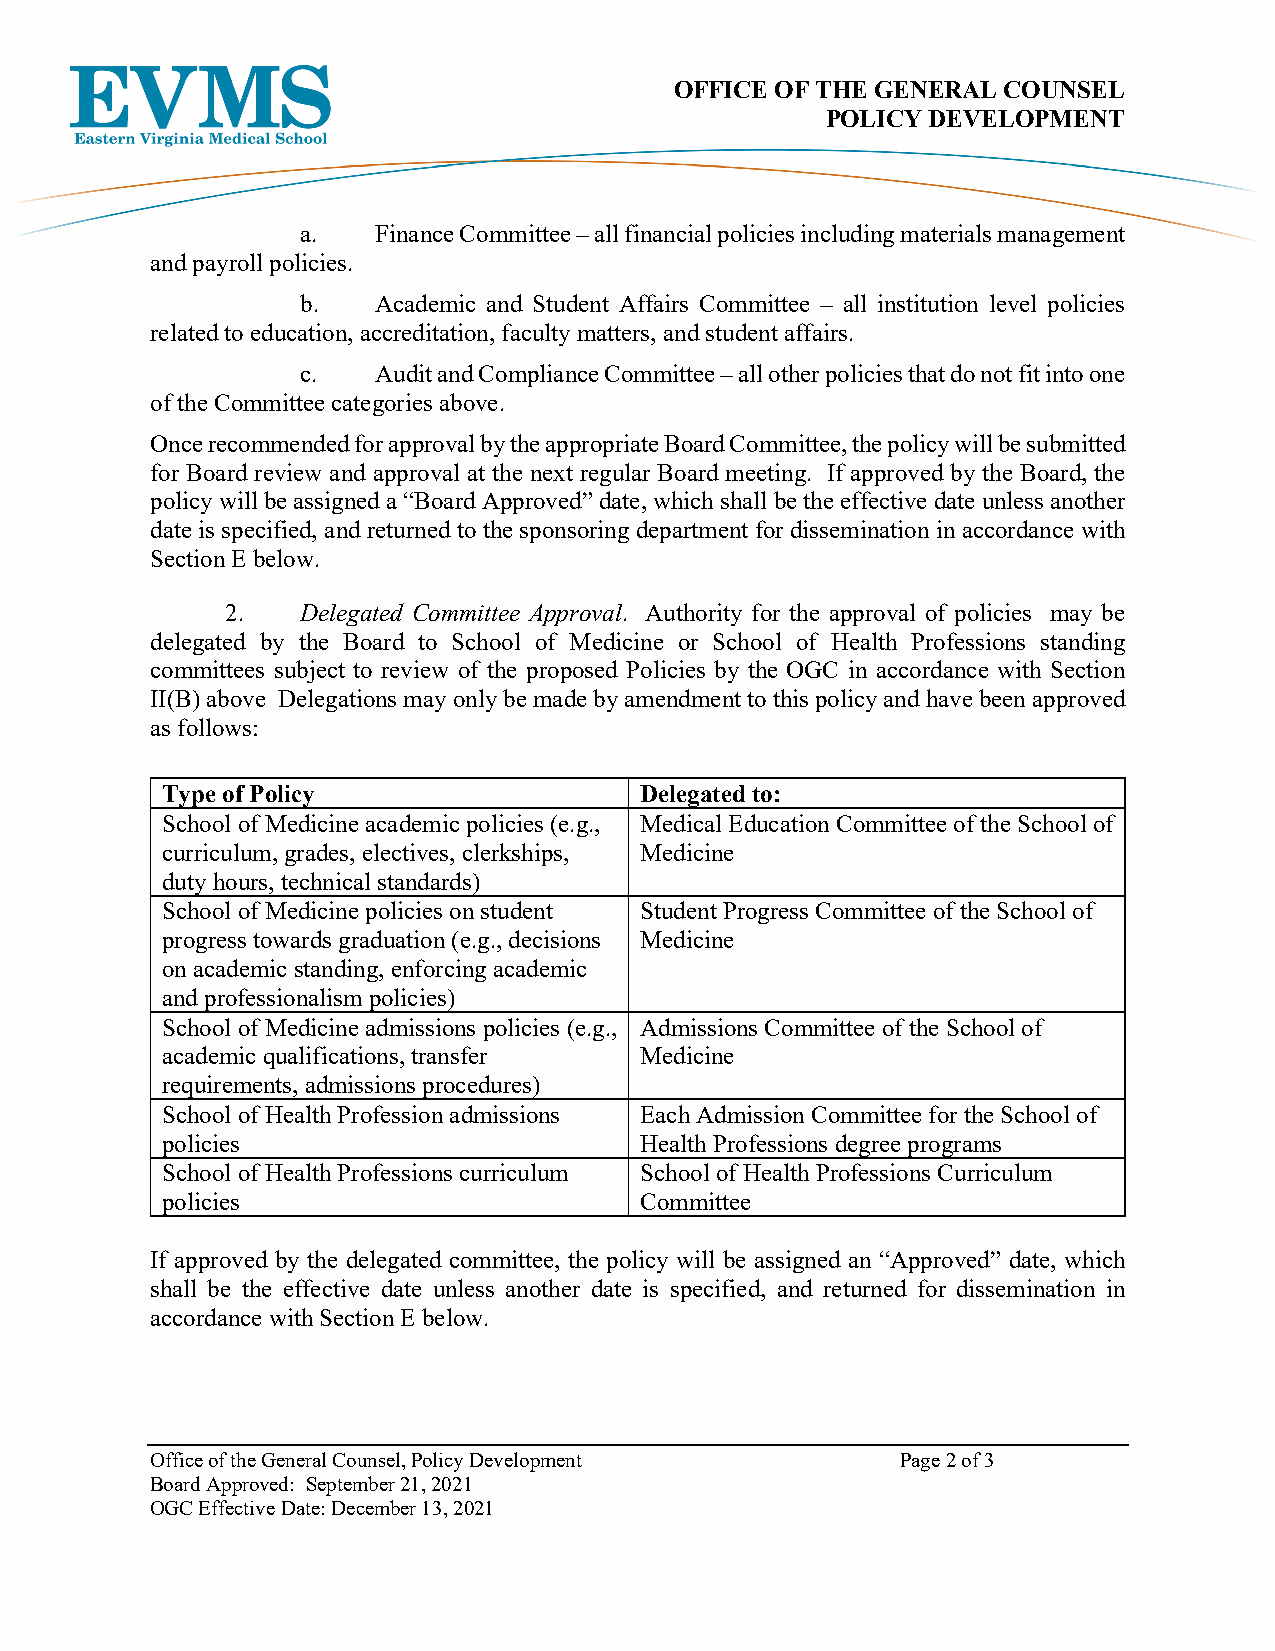
OFFICE OF THE GENERAL COUNSEL
 POLICY DEVELOPMENT
 a.   Finance Committee – all financial policies including materials management
 and payroll policies.
 b.   Academic and Student Affairs Committee – all institution level policies
 related to education, accreditation, faculty matters, and student affairs.
 c.   Audit and Compliance Committee – all other policies that do not fit into one
 of the Committee categories above.
 Once recommended for approval by the appropriate Board Committee, the policy will be submitted
 for Board review and approval at the next regular Board meeting. If approved by the Board, the
 policy will be assigned a “Board Approved” date, which shall be the effective date unless another
 date is specified, and returned to the sponsoring department for dissemination in accordance with
 Section E below.
 2.   Delegated Committee Approval. Authority for the approval of policies may be
 delegated by the Board to School of Medicine or School of Health Professions standing
 committees subject to review of the proposed Policies by the OGC in accordance with Section
 II(B) above Delegations may only be made by amendment to this policy and have been approved
 as follows:
 Type of Policy                 Delegated to:
 School of Medicine academic policies (e.g., Medical Education Committee of the School of
 curriculum, grades, electives, clerkships, Medicine
 duty hours, technical standards)
 School of Medicine policies on student Student Progress Committee of the School of
 progress towards graduation (e.g., decisions Medicine
 on academic standing, enforcing academic
 and professionalism policies)
 School of Medicine admissions policies (e.g., Admissions Committee of the School of
 academic qualifications, transfer Medicine
 requirements, admissions procedures)
 School of Health Profession admissions Each Admission Committee for the School of
 policies                       Health Professions degree programs
 School of Health Professions curriculum School of Health Professions Curriculum
 policies                       Committee
 If approved by the delegated committee, the policy will be assigned an “Approved” date, which
 shall be the effective date unless another date is specified, and returned for dissemination in
 accordance with Section E below.
 Office of the General Counsel, Policy Development Page 2 of 3
 Board Approved: September 21, 2021
 OGC Effective Date: December 13, 2021